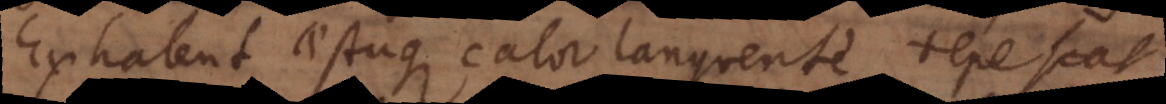
Exhalent aestuque calor languente tepescat